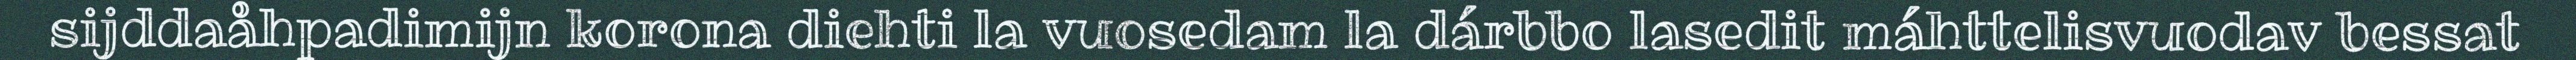
sijddaåhpadimijn korona diehti la vuosedam la dárbbo lasedit máhttelisvuodav bessat